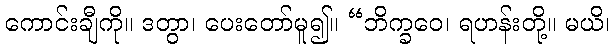
ကောင်းချီကို။ ဒတွာ၊ ပေးတော်မူ၍။ “ဘိက္ခဝေ၊ ရဟန်းတို့။ မယိ၊